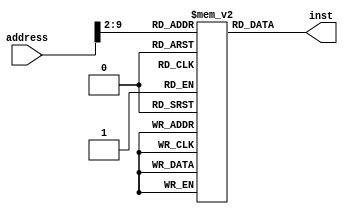
module ROM(input [31:0] address, output [31:0] inst);

	reg [31:0] memory [255:0];

	initial begin
		memory[0] = 32'b100000_00000_00001_00000_11000001010;//-- Addi	r1	,r0	,1546
		memory[1] = 32'b000001_00000_00001_00010_00000000000;//-- Add 	r2	,r0	,r1 
		memory[2] = 32'b000011_00000_00001_00011_00000000000;//-- sub	r3	,r0	,r1 
		memory[3] = 32'b000101_00010_00011_00100_00000000000;//-- And	r4	,r2	,r3	
		memory[4] = 32'b100001_00011_00101_00011_01000110100;//-- Subi	r5	,r3	,6708   
		memory[5] = 32'b000110_00011_00100_00101_00000000000;//-- or	r5	,r3	,r4
		memory[6] = 32'b000111_00101_00000_00110_00000000000;//-- nor 	r6	,r5	,r0
		memory[7] = 32'b000111_00100_00000_01011_00000000000;//-- nor 	r11	,r4	,r0
		memory[8] = 32'b000011_00101_00101_00101_00000000000;//-- sub	r5	,r5	,r5 
		memory[9] = 32'b100000_00000_00001_00000_10000000000;//-- Addi 	r1	,r0	,1024    
		memory[10] = 32'b100101_00001_00010_00000_00000000000;//-- st	r2	,r1	,0       
		memory[11] = 32'b100100_00001_00101_00000_00000000000;//-- ld	r5	,r1	,0      
		memory[12] = 32'b101000_00101_00000_00000_00000000001;//-- Bez	r5	,1           
		memory[13] = 32'b001000_00101_00001_00111_00000000000;//-- xor	r7	,r5	,r1
		memory[14] = 32'b001000_00101_00001_00000_00000000000;//-- xor	r0	,r5	,r1
		memory[15] = 32'b001001_00011_01011_00111_00000000000;//-- sla	r7	,r3	,r11
		memory[16] = 32'b001010_00011_01011_01000_00000000000;//-- sll	r8	,r3	,r11
		memory[17] = 32'b001011_00011_00100_01001_00000000000;//-- sra	r9	,r3	,r4
		memory[18] = 32'b001100_00011_00100_01010_00000000000;//-- srl	r10	,r3	,r4
		memory[19] = 32'b100101_00001_00011_00000_00000000100;//-- st	r3	,r1	,4       
		memory[20] = 32'b100101_00001_00100_00000_00000001000;//-- st	r4	,r1	,8       
		memory[21] = 32'b100101_00001_00101_00000_00000001100;//-- st	r5	,r1	,12      
		memory[22] = 32'b100101_00001_00110_00000_00000010000;//-- st	r6	,r1	,16      
		memory[23] = 32'b100100_00001_01011_00000_00000000100;//-- ld	r11	,r1	,4      
		memory[24] = 32'b100101_00001_00111_00000_00000010100;//-- st	r7	,r1	,20     
		memory[25] = 32'b100101_00001_01000_00000_00000011000;//-- st	r8	,r1	,24     
		memory[26] = 32'b100101_00001_01001_00000_00000011100;//-- st	r9	,r1	,28     
		memory[27] = 32'b100101_00001_01010_00000_00000100000;//-- st	r10	,r1	,32     
		memory[28] = 32'b100101_00001_01011_00000_00000100100;//-- st	r11	,r1	,36     
		memory[29] = 32'b100000_00000_00001_00000_00000000011;//-- Addi 	r1	,r0	,3      
		memory[30] = 32'b100000_00000_00100_00000_10000000000;//-- Addi	r4	,r0	,1024   
		memory[31] = 32'b100000_00000_00010_00000_00000000000;//-- Addi 	r2	,r0	,0      
		memory[32] = 32'b100000_00000_00011_00000_00000000001;//-- Addi 	r3	,r0	,1      
		memory[33] = 32'b100000_00000_01001_00000_00000000010;//-- Addi 	r9	,r0	,2      
		memory[34] = 32'b001010_00011_01001_01000_00000000000;//-- sll	r8	,r3	,r9 
		memory[35] = 32'b000001_00100_01000_01000_00000000000;//-- Add 	r8	,r4	,r8 
		memory[36] = 32'b100100_01000_00101_00000_00000000000;//-- ld	r5	,r8	,0       
		memory[37] = 32'b100100_01000_00110_11111_11111111100;//-- ld	r6	,r8	,-4      
		memory[38] = 32'b000011_00101_00110_01001_00000000000;//-- sub 	r9	,r5	,r6 
		memory[39] = 32'b100000_00000_01010_10000_00000000000;//-- Addi 	r10	,r0	,0x8000 
		memory[40] = 32'b100000_00000_01011_00000_00000010000;//-- Addi	r11	,r0	,16     
		memory[41] = 32'b001010_01010_01011_01010_00000000000;//-- sll	r10	,r1	,r11
		memory[42] = 32'b000101_01001_01010_01001_00000000000;//-- And 	r9	,r9	,r10 
		memory[43] = 32'b101000_01001_00000_00000_00000000010;//-- Bez	r9	,2           
		memory[44] = 32'b100101_01000_00101_11111_11111111100;//-- st	r5	,r8	,-4     
		memory[45] = 32'b100101_01000_00110_00000_00000000000;//-- st	r6	,r8	,0      
		memory[46] = 32'b100000_00011_00011_00000_00000000001;//-- Addi 	r3	,r3	,1      
		memory[47] = 32'b101001_00001_00011_11111_11111110001;//-- BNE	r1	,r3	,-15    
		memory[48] = 32'b100000_00010_00010_00000_00000000001;//-- Addi 	r2	,r2	,1      
		memory[49] = 32'b101001_00001_00010_11111_11111101110;//-- BNE	r1	,r2	,-18    
		memory[50] = 32'b100000_00000_00001_00000_10000000000;//-- Addi 	r1	,r0	,1024   
		memory[51] = 32'b100100_00001_00010_00000_00000000000;//-- ld	,r2	,r1	,0      
		memory[52] = 32'b100100_00001_00011_00000_00000000100;//-- ld	,r3	,r1	,4      
		memory[53] = 32'b100100_00001_00100_00000_00000001000;//-- ld	,r4	,r1	,8
		memory[54] = 32'b100100_00001_00100_00000_01000001000;//-- ld	,r4	,r1	,520 
		memory[55] = 32'b100100_00001_00100_00000_10000001000;//-- ld	,r4	,r1	,1023
		memory[56] = 32'b100100_00001_00101_00000_00000001100;//-- ld	,r5	,r1	,12     
		memory[57] = 32'b100100_00001_00110_00000_00000010000;//-- ld	,r6	,r1	,16     
		memory[58] = 32'b100100_00001_00111_00000_00000010100;//-- ld	,r7	,r1	,20     
		memory[59] = 32'b100100_00001_01000_00000_00000011000;//-- ld	,r8	,r1	,24     
		memory[60] = 32'b100100_00001_01001_00000_00000011100;//-- ld	,r9	,r1	,28     
		memory[61] = 32'b100100_00001_01010_00000_00000100000;//-- ld	,r10,r1	,32     
		memory[62] = 32'b100100_00001_01011_00000_00000100100;//-- ld	,r11,r1	,36     
		memory[63] = 32'b101010_00000_00000_11111_11111111111;//-- JMP 	-1	

		memory[64] = 32'b000000_00000_00000_00000_00000000000;//NOPE
		memory[65] = 32'b000000_00000_00000_00000_00000000000;//NOPE 
	end
	assign inst = memory[address[11:2]];

endmodule